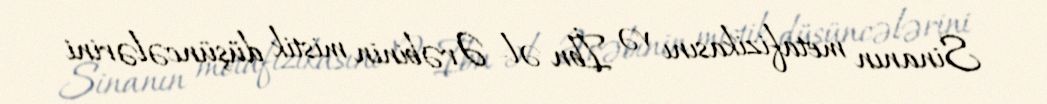
Sinanın metafizikasını və İbn əl- Ərəbinin mistik düşüncələrini